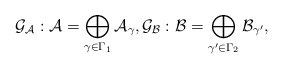
\begin{align*}\mathcal{G}_{\mathcal{A}}:\mathcal{A}=\bigoplus _{\gamma\in \Gamma _1}\mathcal{A}_{\gamma},\mathcal{G}_{\mathcal{B}}:\mathcal{B}=\bigoplus _{\gamma'\in \Gamma _2}\mathcal{B}_{\gamma'},\end{align*}